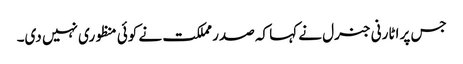
جس پر اٹارنی جنرل نے کہا کہ صدر مملکت نے کوئی منظوری نہیں دی۔